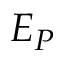
E _ { P }